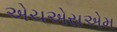
એચએસએમ